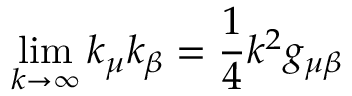
\operatorname * { l i m } _ { k \rightarrow \infty } k _ { \mu } k _ { \beta } = \frac { 1 } { 4 } k ^ { 2 } g _ { \mu \beta }